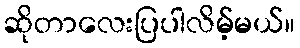
ဆိုတာလေးပြပါလိမ့်မယ်။